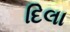
દિલા